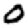
Digit: 0